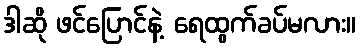
ဒါဆို ဖင်ပြောင်နဲ့ ရေထွက်ခပ်မလား။